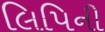
લિપિની